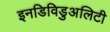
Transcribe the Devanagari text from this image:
इनडिविडुअलिटी